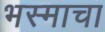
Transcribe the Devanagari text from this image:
भस्माचा